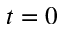
t = 0